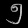
Digit: ၅